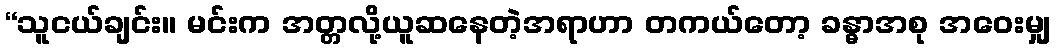
“သူငယ်ချင်း။ မင်းက အတ္တလို့ယူဆနေတဲ့အရာဟာ တကယ်တော့ ခန္ဓာအစု အဝေးမျှ